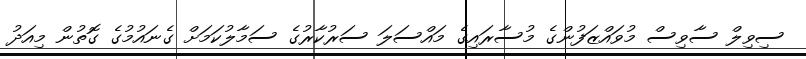
ސިވިލް ސާވިސް މުވައްޒަފުންގެ މުސާރައިގެ މައްސަލަ ސަރުކާރުގެ ސަމާލުކަމަށް ގެނައުމުގެ ގޮތުން މިއަދު